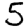
Digit: 5